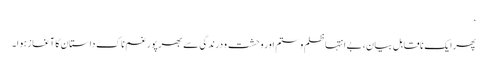
‘
پھر ایک ناقابلِ بیان، بے انتہا ظلم و ستم اور وحشت و درندگی سے بھرپور غم ناک داستان کا آغاز ہوا۔